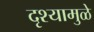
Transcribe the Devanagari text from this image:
दृश्यामुळे